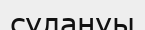
сулануы